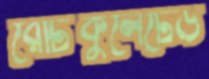
রেটিকুলেটেড